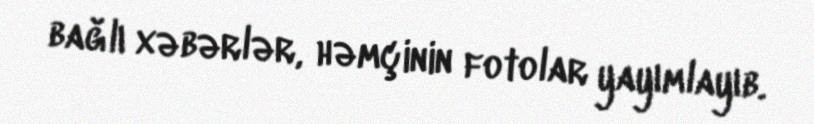
bağlı xəbərlər, həmçinin fotolar yayımlayıb.